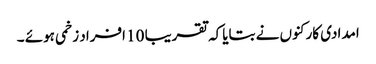
امدادی کارکنوں نے بتایاکہ تقریبا 10 افراد زخمی ہوئے ۔